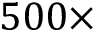
5 0 0 \times